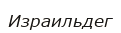
Израильдег